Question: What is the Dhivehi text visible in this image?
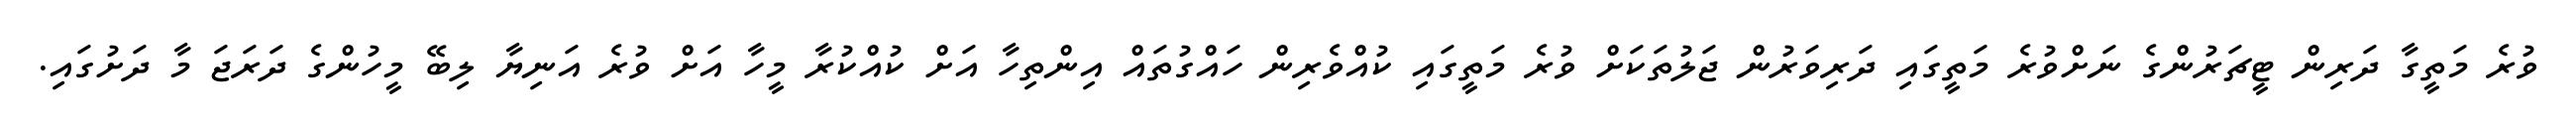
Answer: ވުރެ މަތީގާ ދަރިން ޓީޗަރުންގެ ނަށްވުރެ މަތީގައި ދަރިވަރުން ޖަލުތަކަށް ވުރެ މަތީގައި ކުއްވެރިން ހައްގުތައް އިންތިހާ އަށް ކުއްކުރާ މީހާ އަށް ވުރެ އަނިޔާ ލިބޭ މީހުންގެ ދަރަޖަ މާ ދަށުގައި.